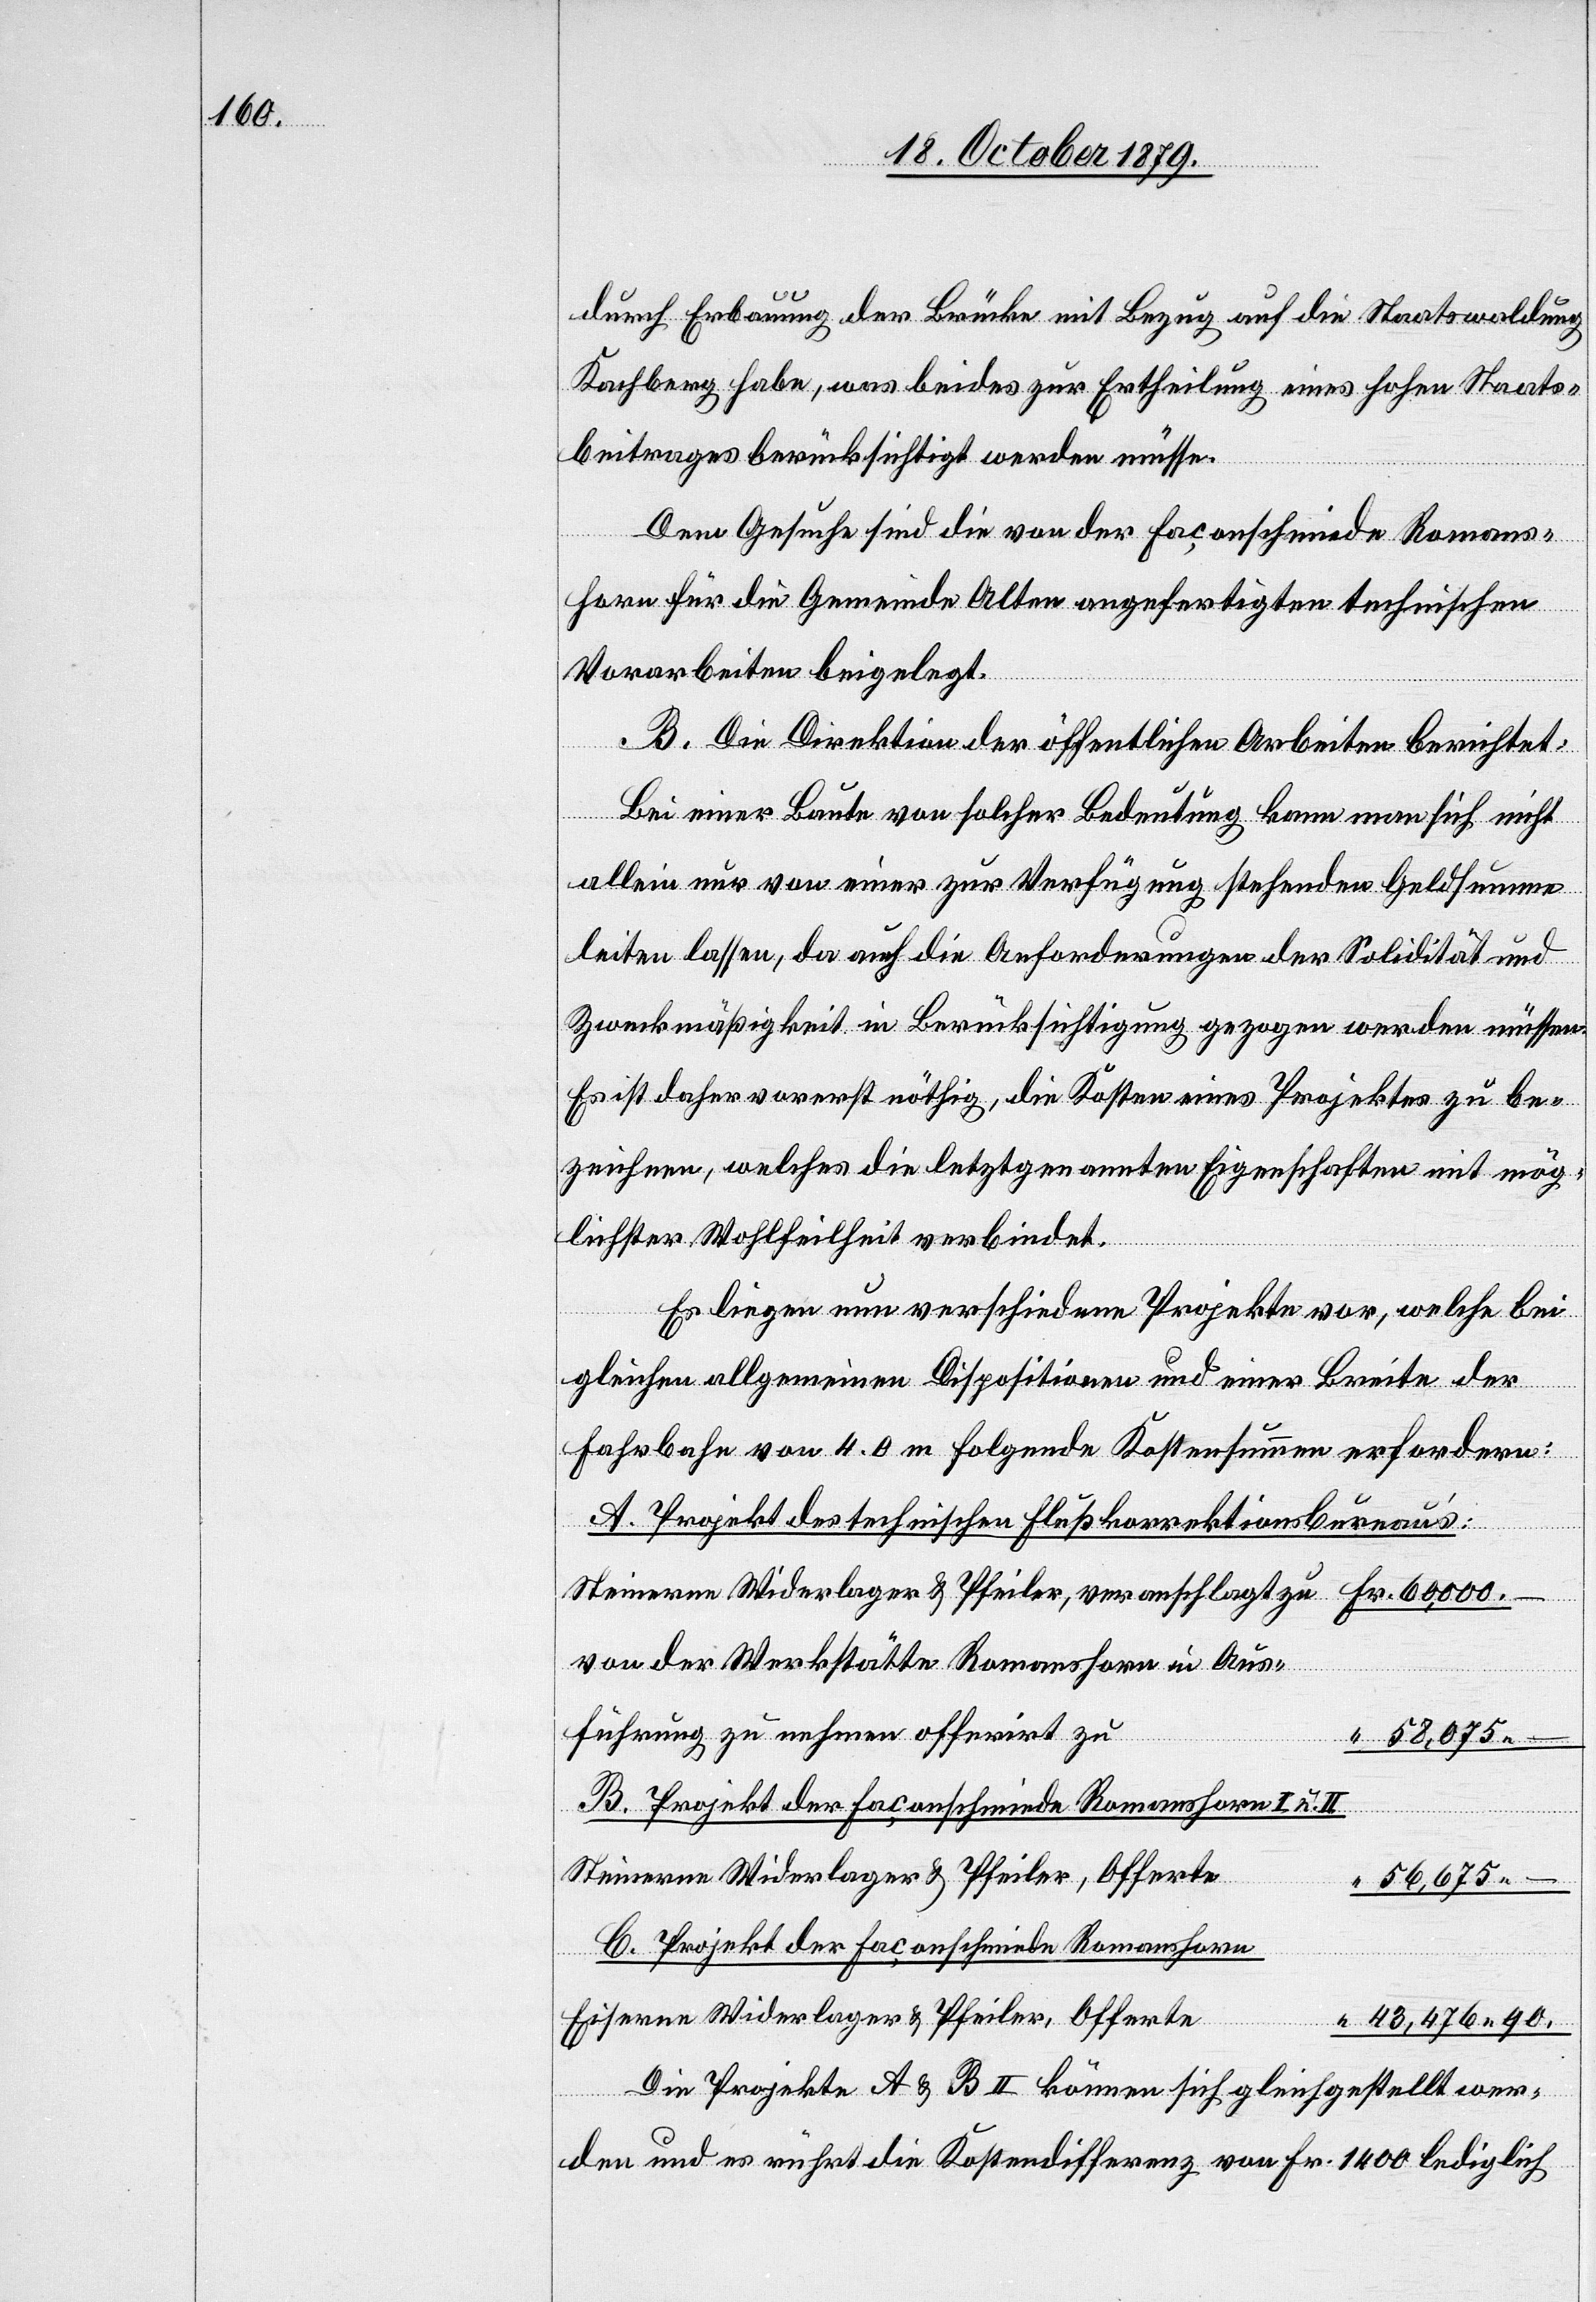
durch Erbauung der Brücke mit Bezug auf die Staatswaldung
Kachberg habe, was beides zur Ertheilung eines hohen Staats¬
beitrages berücksichtigt werden müsse.
Dem Gesuche sind die von der Faconschmiede Romans¬
horn für die Gemeinde Olten angefertigten technischen
Vorarbeiten beigelegt.
B. Die Direktion der öffentlichen Arbeiten berichtet:
Bei einer Baute von solcher Bedeutung kann man sich nicht
allein nur von einer zur Verfügung stehenden Geldsumme
leiten lassen, da auch die Anforderungen der Solidität und
Zweckmäßigkeit in Berücksichtigung gezogen werden müssen.
Es ist daher vorerst nöthig, die Kosten eines Projektes zu be¬
zeichnen, welches die letztgenannten Eigenschaften mit mög¬
lichster Wohlfeilheit verbindet.
Es liegen nun verschiedene Projekte vor, welche bei
gleichen allgemeinen Dispositionen und einer Breite der
Fahrbahn von 4.0 m folgende Kostensummen erfordern:
A. Projekt des technischen Flußkorrektionsbureaus:
Steinerne Widerlager & Pfeiler, veranschlagt zu 	Fr. 60,000 –
von der Werkstätte Romanshorn in
führung zu nehmen offerirt zu
“ 58,075 –
B. Projekt der Faconschmiede Romanshorn I u. II
Steinerne Widerlager & Pfeiler, Offerte
“ 56,675
C. Projekt der Faconschmiede Romanshorn
Eiserne Widerlager & Pfeiler, Offerte
“ 43,476 90.
Die Projekte A & B II können sich gleichgestellt wer¬
Aus¬
den und es rührt die Kostendifferenz von Fr. 1400 lediglich